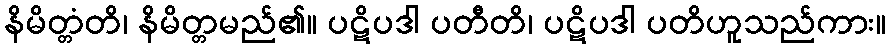
နိမိတ္တံတိ၊ နိမိတ္တမည်၏။ ပဋိပဒါ ပတီတိ၊ ပဋိပဒါ ပတိဟူသည်ကား။